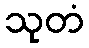
သုတံ